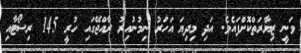
ވަނީ ޒިޔާރަތްކޮށްފައެވެ. އަދި މިދިޔަ އަހަރު ނިމުނުއިރު ރާއްޖޭގައި ހުރީ 145 ރިސޯޓާއި